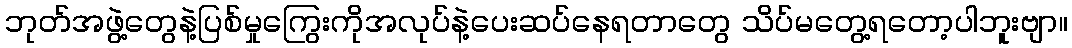
ဘုတ်အဖွဲ့တွေနဲ့ပြစ်မှုကြွေးကိုအလုပ်နဲ့ပေးဆပ်နေရတာတွေ သိပ်မတွေ့ရတော့ပါဘူးဗျာ။